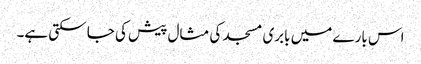
اس بارے میں بابری مسجد کی مثال پیش کی جا سکتی ہے۔